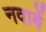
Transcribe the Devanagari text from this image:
नवाबें